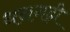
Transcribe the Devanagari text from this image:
धनगढ़ी